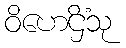
ဝိဟေဌိံသု